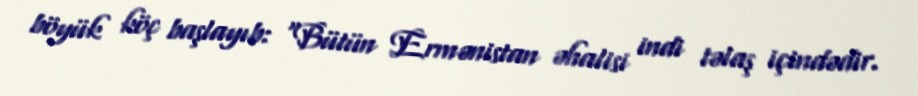
böyük köç başlayıb: “Bütün Ermənistan əhalisi indi təlaş içindədir.